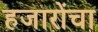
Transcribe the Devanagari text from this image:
हजारोंचा